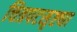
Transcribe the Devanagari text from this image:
चित्रपटसृष्ट्या